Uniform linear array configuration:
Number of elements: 16
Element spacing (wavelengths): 0.75
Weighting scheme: hamming
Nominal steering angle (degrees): -60
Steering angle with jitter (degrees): -61.89
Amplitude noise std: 0.05
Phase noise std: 0.05

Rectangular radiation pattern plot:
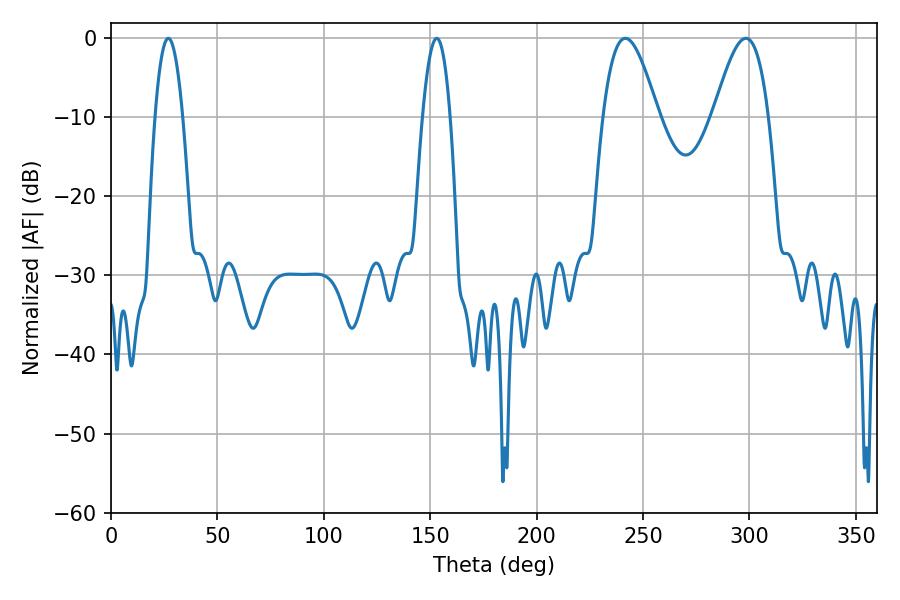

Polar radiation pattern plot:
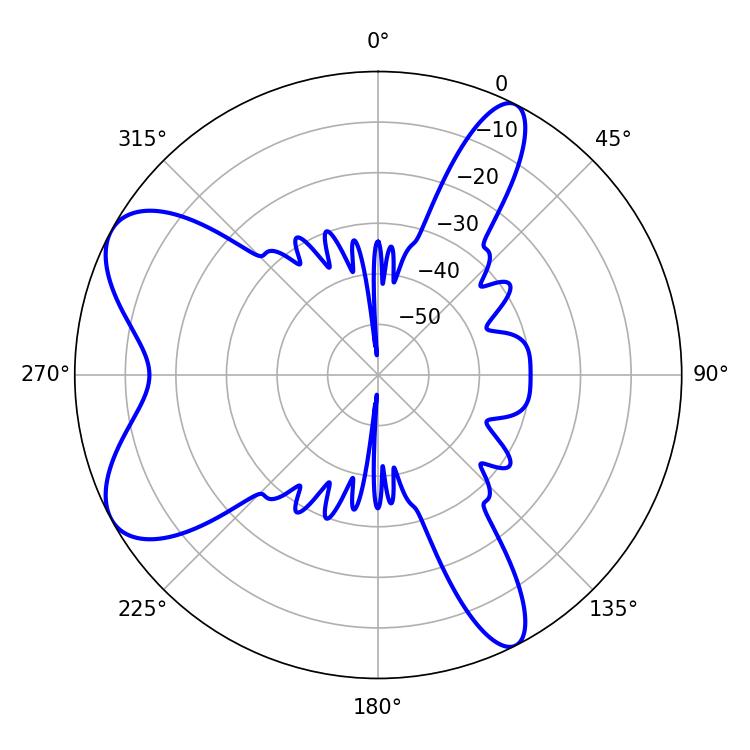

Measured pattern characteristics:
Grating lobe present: TRUE
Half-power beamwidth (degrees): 14.04
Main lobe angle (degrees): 241.74